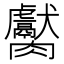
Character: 𱼦